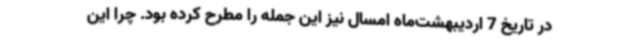
در تاریخ 7 اردیبهشت‌ماه امسال نیز این جمله را مطرح کرده بود. چرا این